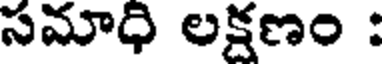
సమాధి లక్షణం :